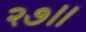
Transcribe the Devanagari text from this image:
२७॥